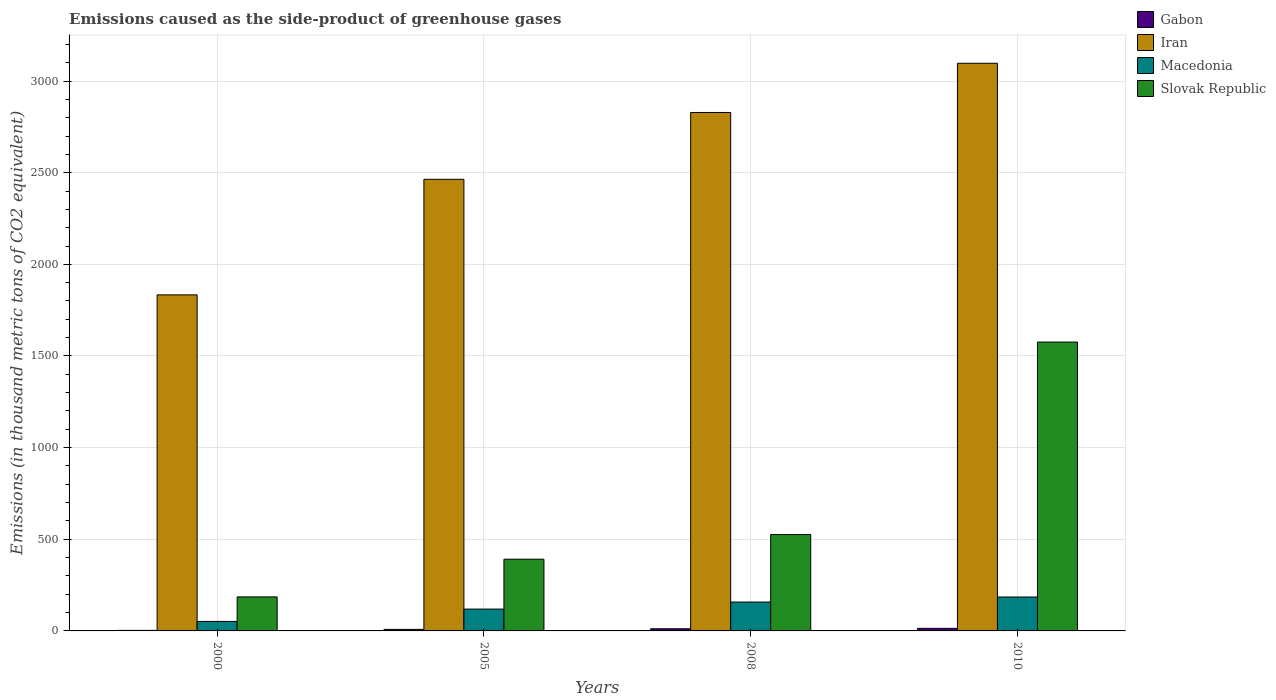
| Years | Gabon | Iran | Macedonia | Slovak Republic |
 | --- | --- | --- | --- | --- |
 | 2000 | 2.9 | 1.83e+03 | 51.8 | 186 |
 | 2005 | 8.4 | 2.46e+03 | 119 | 391 |
 | 2008 | 11.8 | 2.83e+03 | 158 | 526 |
 | 2010 | 14 | 3.1e+03 | 185 | 1.58e+03 |